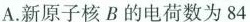
A.新原子核B的电荷数为84